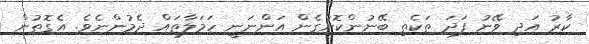
ކާރު އަދި ވޭނު ފަދަ ތަކެތި ބޭނުންކޮށްގެން އަންނަނީ ހަމަލާތައް ދެމުންނެވެ. އެގޮތުން